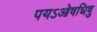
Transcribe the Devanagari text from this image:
पयऽओषधिषु